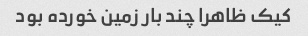
کیک ظاهرا چند بار زمین خورده بود